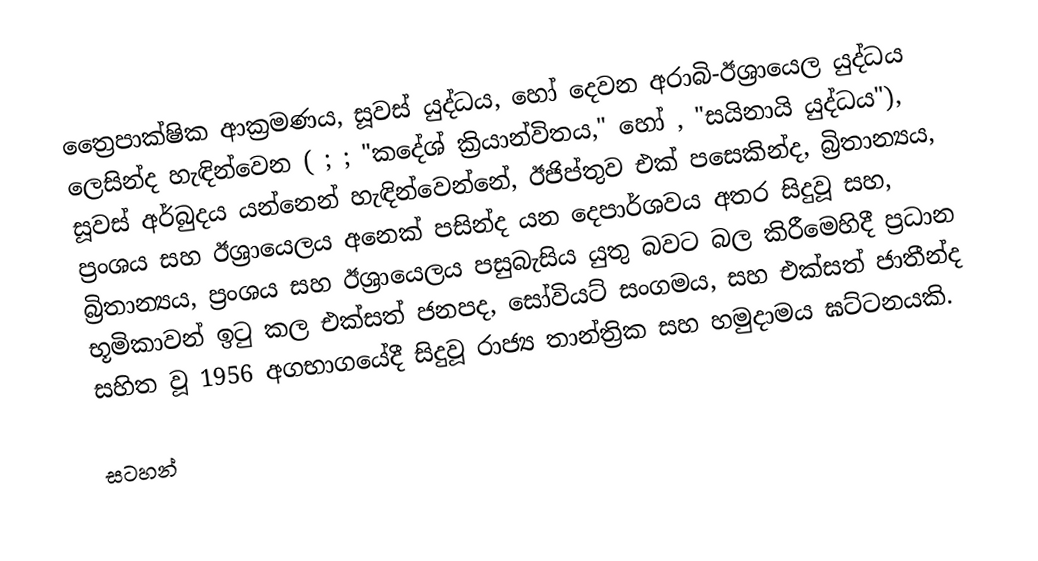
ත්‍රෛපාක්ෂික ආක්‍රමණය, සූවස් යුද්ධය, හෝ  දෙවන අරාබි-ඊශ්‍රායෙල යුද්ධය ලෙසින්ද හැඳින්වෙන ( ; ;   "කදේශ් ක්‍රියාන්විතය," හෝ   , "සයිනායි යුද්ධය"), සූවස් අර්බුදය යන්නෙන් හැඳින්වෙන්නේ, ඊජිප්තුව එක් පසෙකින්ද, බ්‍රිතාන්‍යය, ප්‍රංශය සහ ඊශ්‍රායෙලය අනෙක් පසින්ද යන දෙපාර්ශවය අතර සිදුවූ සහ, බ්‍රිතාන්‍යය, ප්‍රංශය සහ ඊශ්‍රායෙලය පසුබැසිය යුතු බවට බල කිරීමෙහිදී ප්‍රධාන භූමිකාවන් ඉටු කල එක්සත් ජනපද, සෝවියට් සංගමය, සහ එක්සත් ජාතීන්ද සහිත වූ 1956 අගභාගයේදී සිදුවූ රාජ්‍ය තාන්ත්‍රික සහ හමුදාමය  ඝට්ටනයකි.

සටහන්